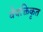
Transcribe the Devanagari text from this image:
वैयक्तिकृत